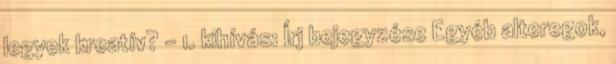
legyek kreatív? - 1. kihívás: Írj bejegyzése Egyéb alteregok,